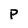
Character: P